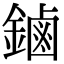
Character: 鏀